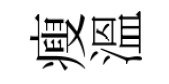
瘦溫